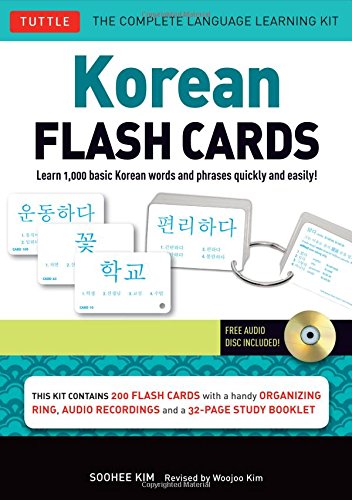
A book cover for Korean Flash Cards Kit: Learn 1,000 Basic Korean Words and Phrases Quickly and Easily! (Hangul & Romanized Forms) (Audio-CD Included); Soohee Kim; Computers & Technology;